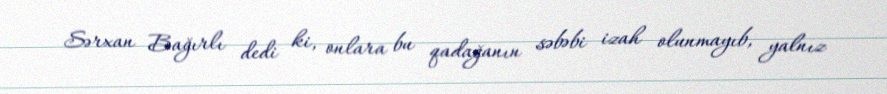
Sərxan Bağırlı dedi ki, onlara bu qadağanın səbəbi izah olunmayıb, yalnız